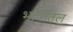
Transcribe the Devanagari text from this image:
भाषेतिल